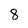
Character: 8